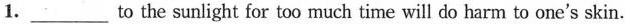
1.___to the sunlight for too much time will do harm to one's skin.